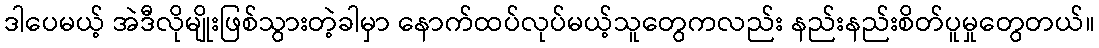
ဒါပေမယ့် အဲဒီလိုမျိုးဖြစ်သွားတဲ့ခါမှာ နောက်ထပ်လုပ်မယ့်သူတွေကလည်း နည်းနည်းစိတ်ပူမှုတွေတယ်။